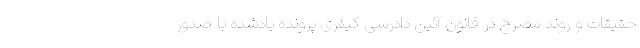
حقیقات و روند مصرّح در قانون آئین دادرسی کیفری پرونده یادشده با صدور